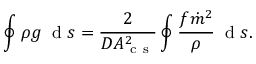
\oint \rho g \: \mathrm { ~ d ~ } s = \frac { 2 } { D A _ { \mathrm { ~ c ~ s ~ } } ^ { 2 } } \oint \frac { f \dot { m } ^ { 2 } } { \rho } \: \mathrm { ~ d ~ } s .